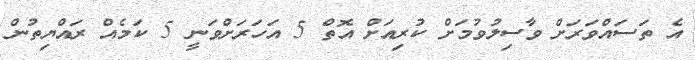
އެ ތަސައްވަރަށް ވާސިލުވުމަށް ކުރިއަށް އޮތް 5 އަހަރަށްވަނީ 5 ކަމެއް ރައްޔިތުން